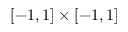
[ - 1 , 1 ] \times [ - 1 , 1 ]